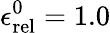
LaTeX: \epsilon_{\mathrm{rel}}^{0}=1.0